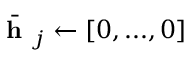
\bar { \textbf { h } } _ { j } \leftarrow [ 0 , . . . , 0 ]